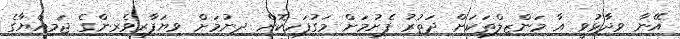
އޭނާ ވިދާޅުވީ އާ މަންޒިލްތަކަށް ދަތުރު ފެށުމަށް މަގުފަހިކޮށް ދިނުމަށް ވިޔަފާރިވެރިންގެ ޖަމިއްޔާގެ